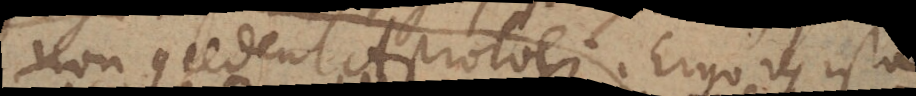
non concedent Astronomi. Ergo res ista